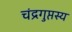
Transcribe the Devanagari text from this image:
चंद्रगुप्तस्य